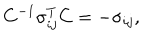
C ^ { - 1 } \sigma _ { i j } ^ { T } C = - \sigma _ { i j } ,